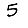
Digit: 5